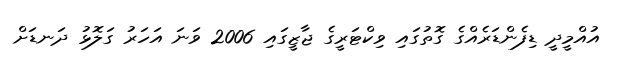
އުއްމީދީ ޑިފެންޑަރެެއްގެ ގޮތުގައި ވިކްޓަރީގެ ޖާޒީގައި 2006 ވަނަ އަހަރު ގަލޮޅު ދަނޑަށް